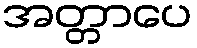
အတ္တာပေ